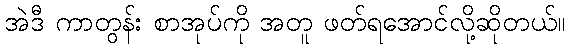
အဲဒီ ကာတွန်း စာအုပ်ကို အတူ ဖတ်ရအောင်လို့ဆိုတယ်။